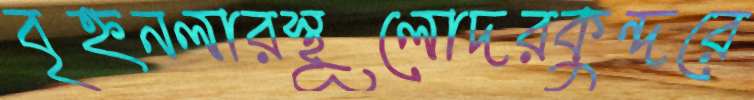
বৃহ্ননলারস্থূলোদরকুন্দরে